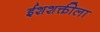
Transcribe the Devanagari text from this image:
ईशशक्तीला